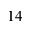
^ { 1 4 }